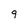
Character: 9